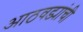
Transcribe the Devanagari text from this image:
आठवड्यांची